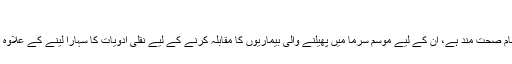
‘
جن لوگوں کا مدافعتی نظام صحت مند ہے، ان کے لیے موسمِ سرما میں پھیلنے والی بیماریوں کا مقابلہ کرنے کے لیے نقلی ادویات کا سہارا لینے کے علاوہ کوئی اور چارہ نہیں ہے۔